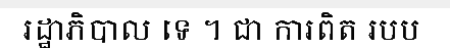
រដ្ឋាភិបាល ទេ ។ ជា ការពិត របប